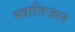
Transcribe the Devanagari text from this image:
स्वातिजल